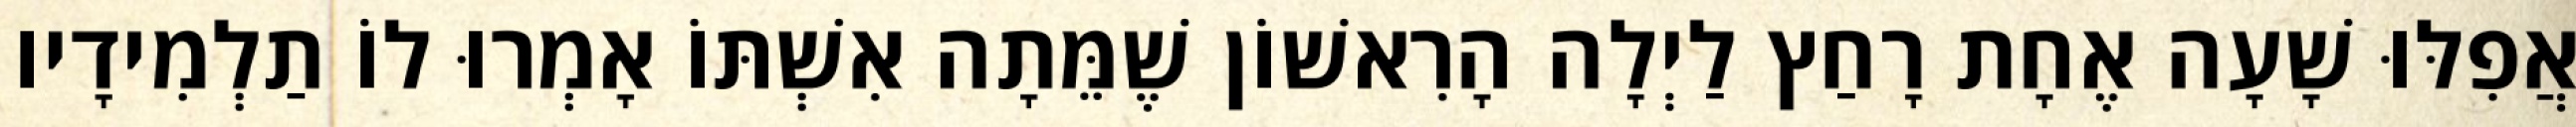
אֲפִלּוּ שָׁעָה אֶחָת רָחַץ לַיְלָה הָרִאשׁוֹן שֶׁמֵּתָה אִשְׁתּוֹ אָמְרוּ לוֹ תַלְמִידָיו